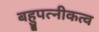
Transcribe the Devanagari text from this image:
बहुपत्नीकत्व